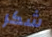
شكر